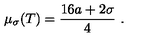
\mu _ { \sigma } ( T ) = \frac { 1 6 a + 2 \sigma } { 4 } \ .